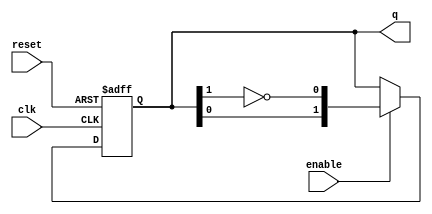
module modified_johnson_counter #(
    parameter N = 2  // Number of bits (toggle as needed)
) (
    input wire clk,       // Clock input
    input wire reset,     // Reset input
    input wire enable,    // Enable input
    output reg [N-1:0] q // Output state of the counter
);
    
    // Internal signal to hold inverted output of the last flip-flop
    wire feedback;

    // Feedback is the inverted state of the last flip-flop
    assign feedback = ~q[N-1];

    always @(posedge clk or posedge reset) begin
        if (reset) begin
            // Initialize the counter to 0 on reset
            q <= 0;
        end else if (enable) begin
            // Update the counter state according to the feedback
            q <= {q[N-2:0], feedback}; // Shift left and input feedback
        end
    end
endmodule